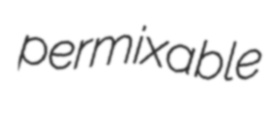
permixable